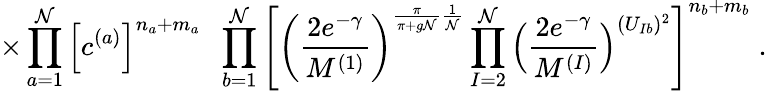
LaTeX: \times\prod_{a=1}^{\mathcal{N}}\Big[c^{(a)}\Big]^{n_{a}+m_{a}}\; \; \prod_{b=1}^{\mathcal{N}}\left[\left(\frac{{2e^{-\gamma}}}{{M^{(1)}}}\right)^{\frac{{\pi}}{{\pi+g\mathcal{N}}}\frac{{1}}{{\mathcal{N}}}}\prod_{I=2}^{\mathcal{N}}\Big(\frac{{2e^{-\gamma}}}{{M^{(I)}}}\Big)^{(U_{Ib})^{2}}\right]^{n_{b}+m_{b}}\; .